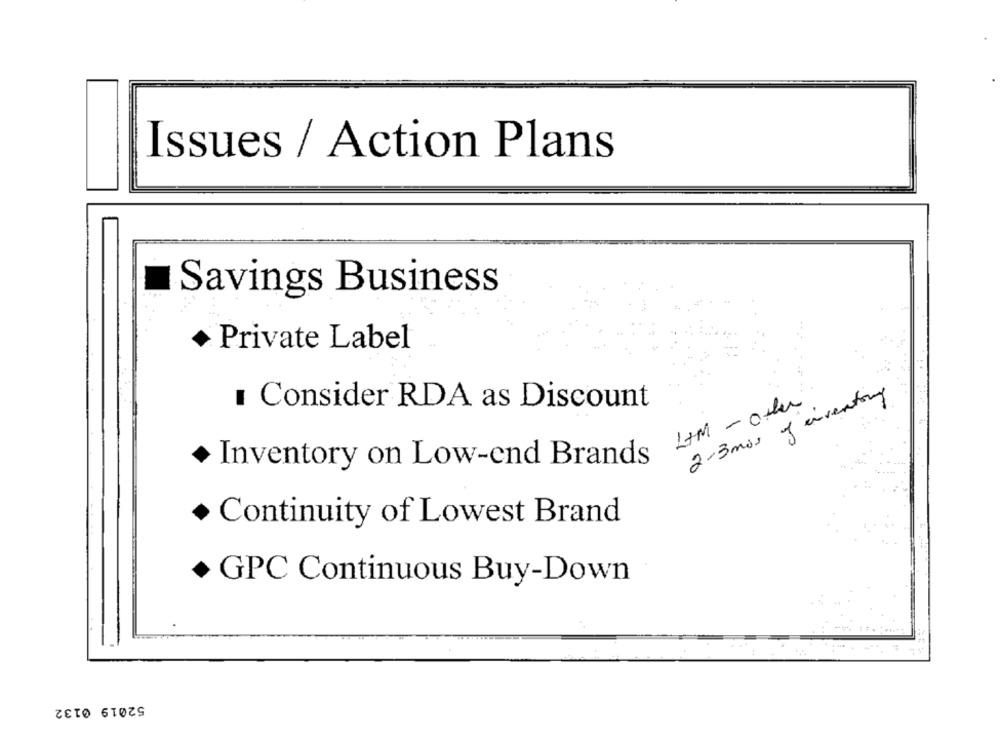
Issues / Action Plans
Savings Business
Private Label
2-3 mos of inventory
I Consider RDA as Discount
LM - oder
Inventory on Low-end Brands
Continuity of Lowest Brand
GPC Continuous Buy-Down
52019 0132